Bréfritari: Soffía Daníelsdóttir
Viðtakandi: Jakobína Magnúsdóttir og Daníel Halldórsson
Dagsetning: A-1904-07-25
Skrifað á: Skeggjastöðum  N-Múl.
Soffía var dóttir Jakobínu og Daníels

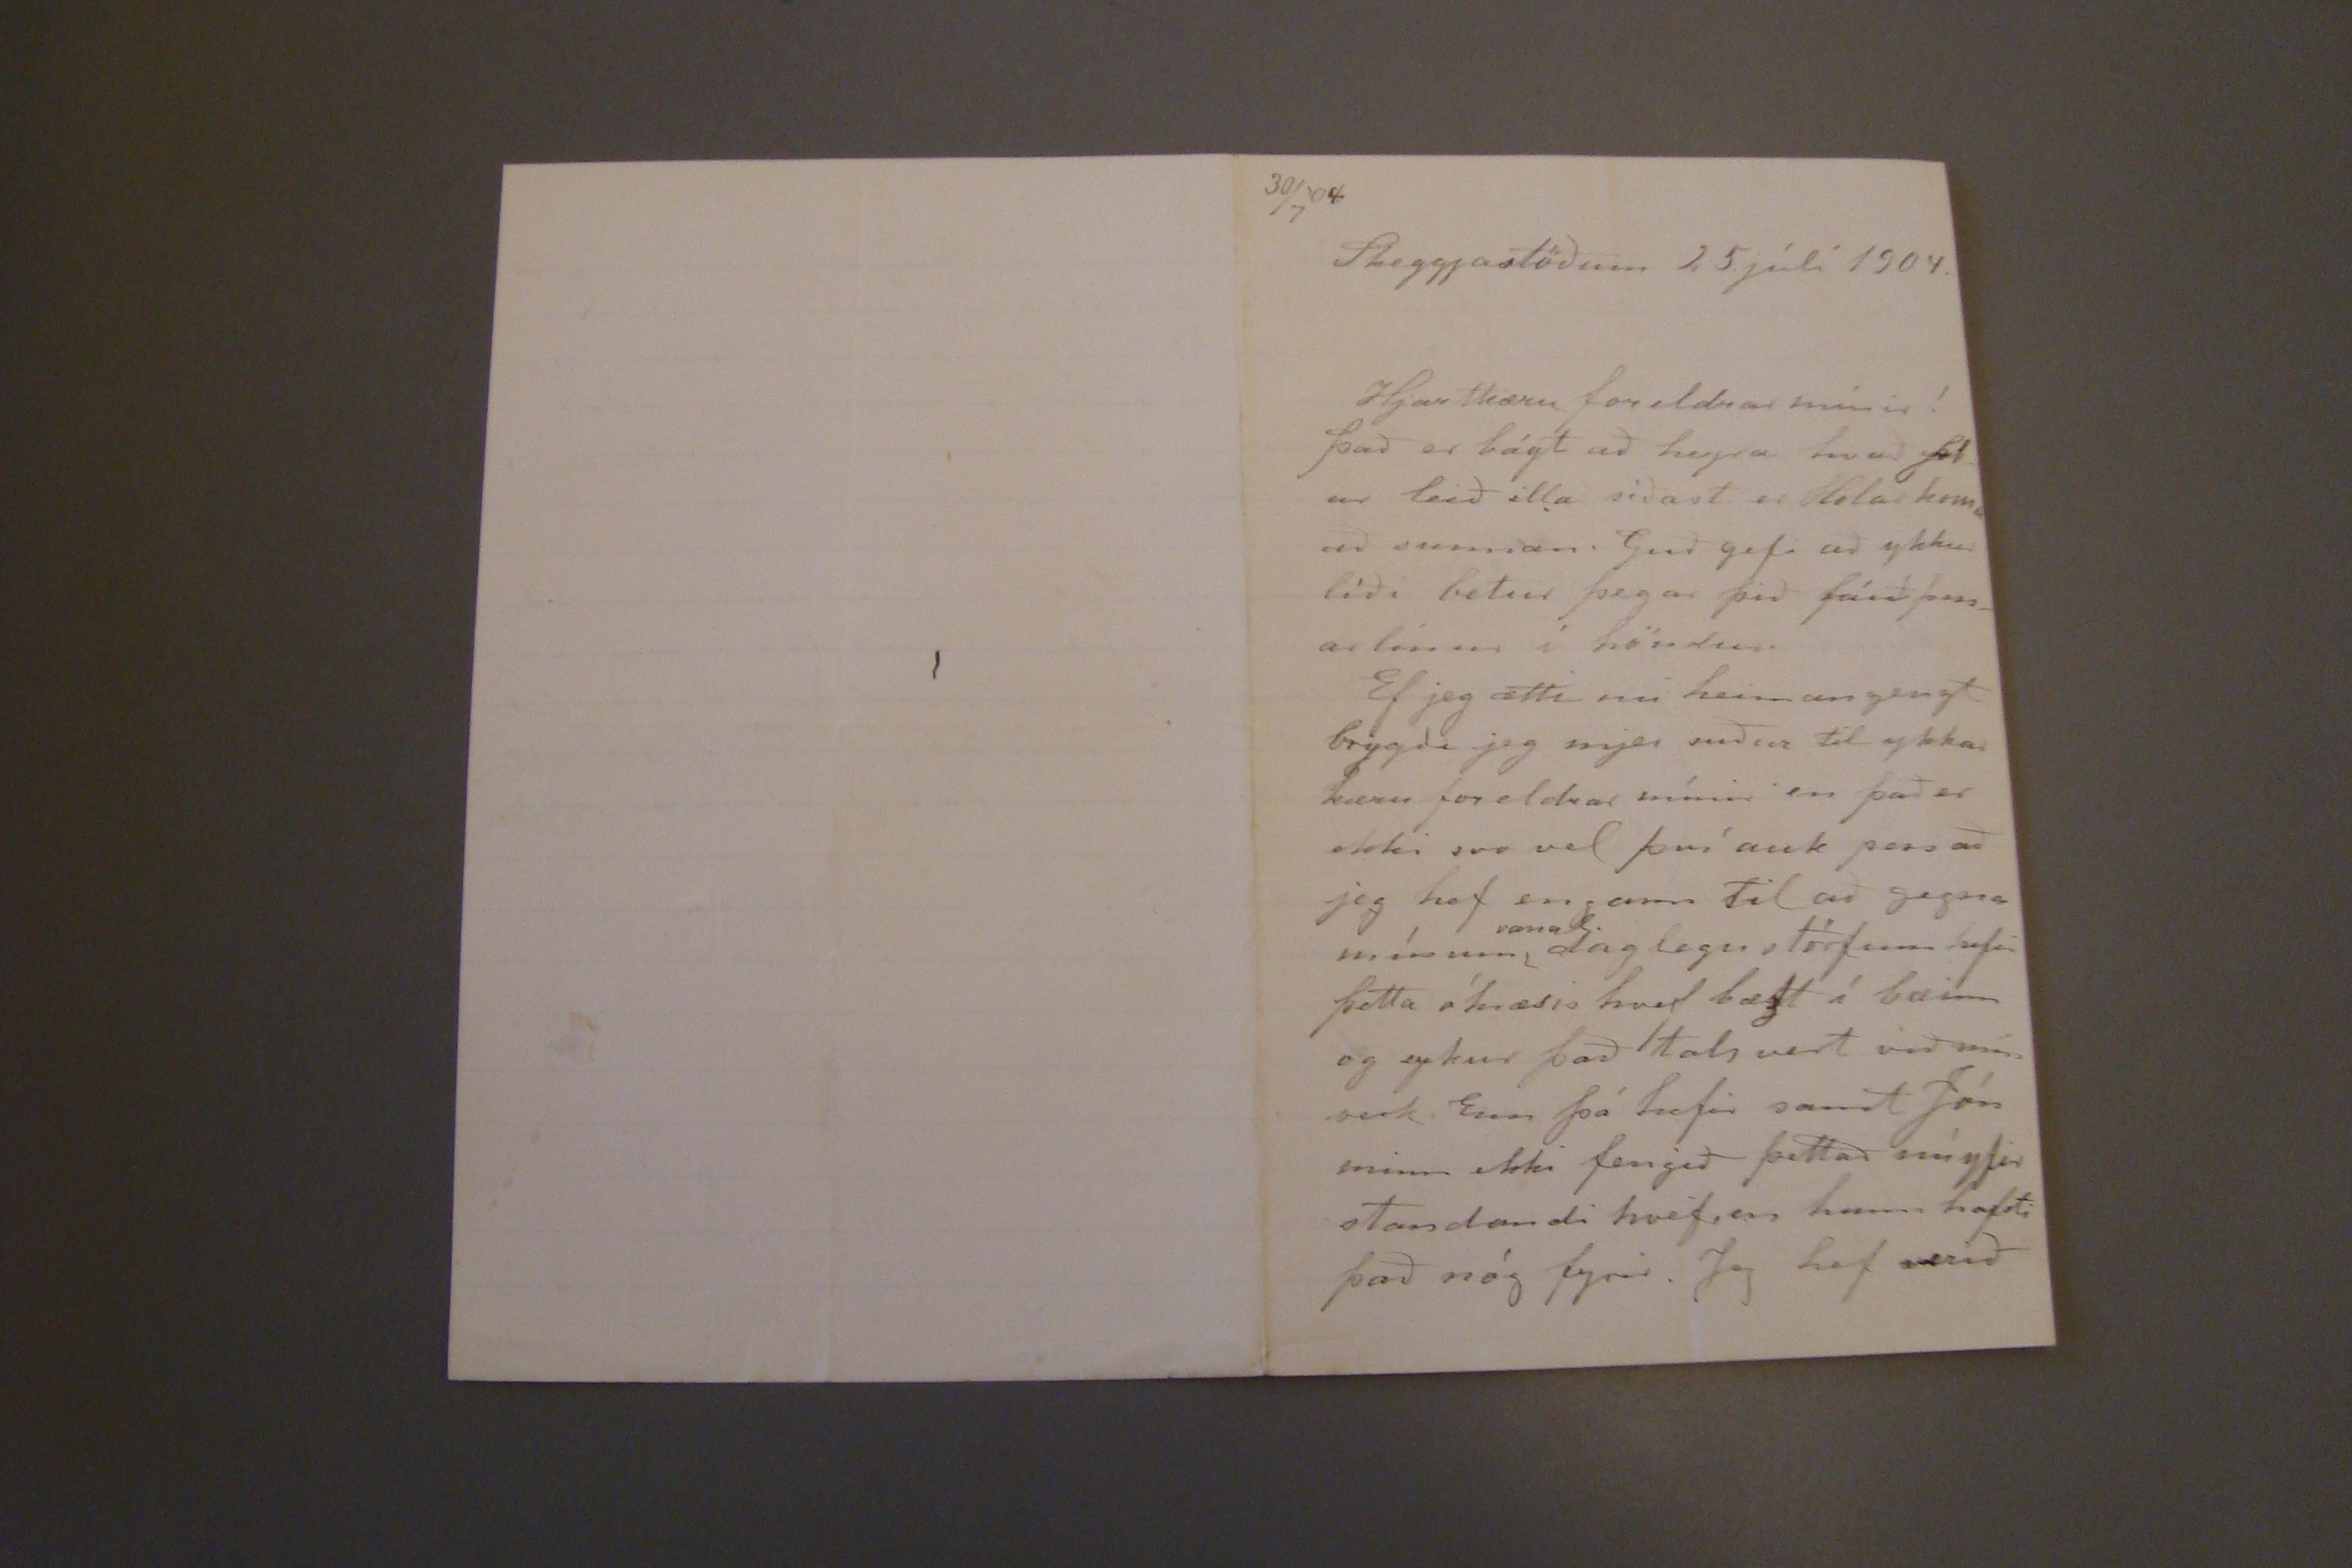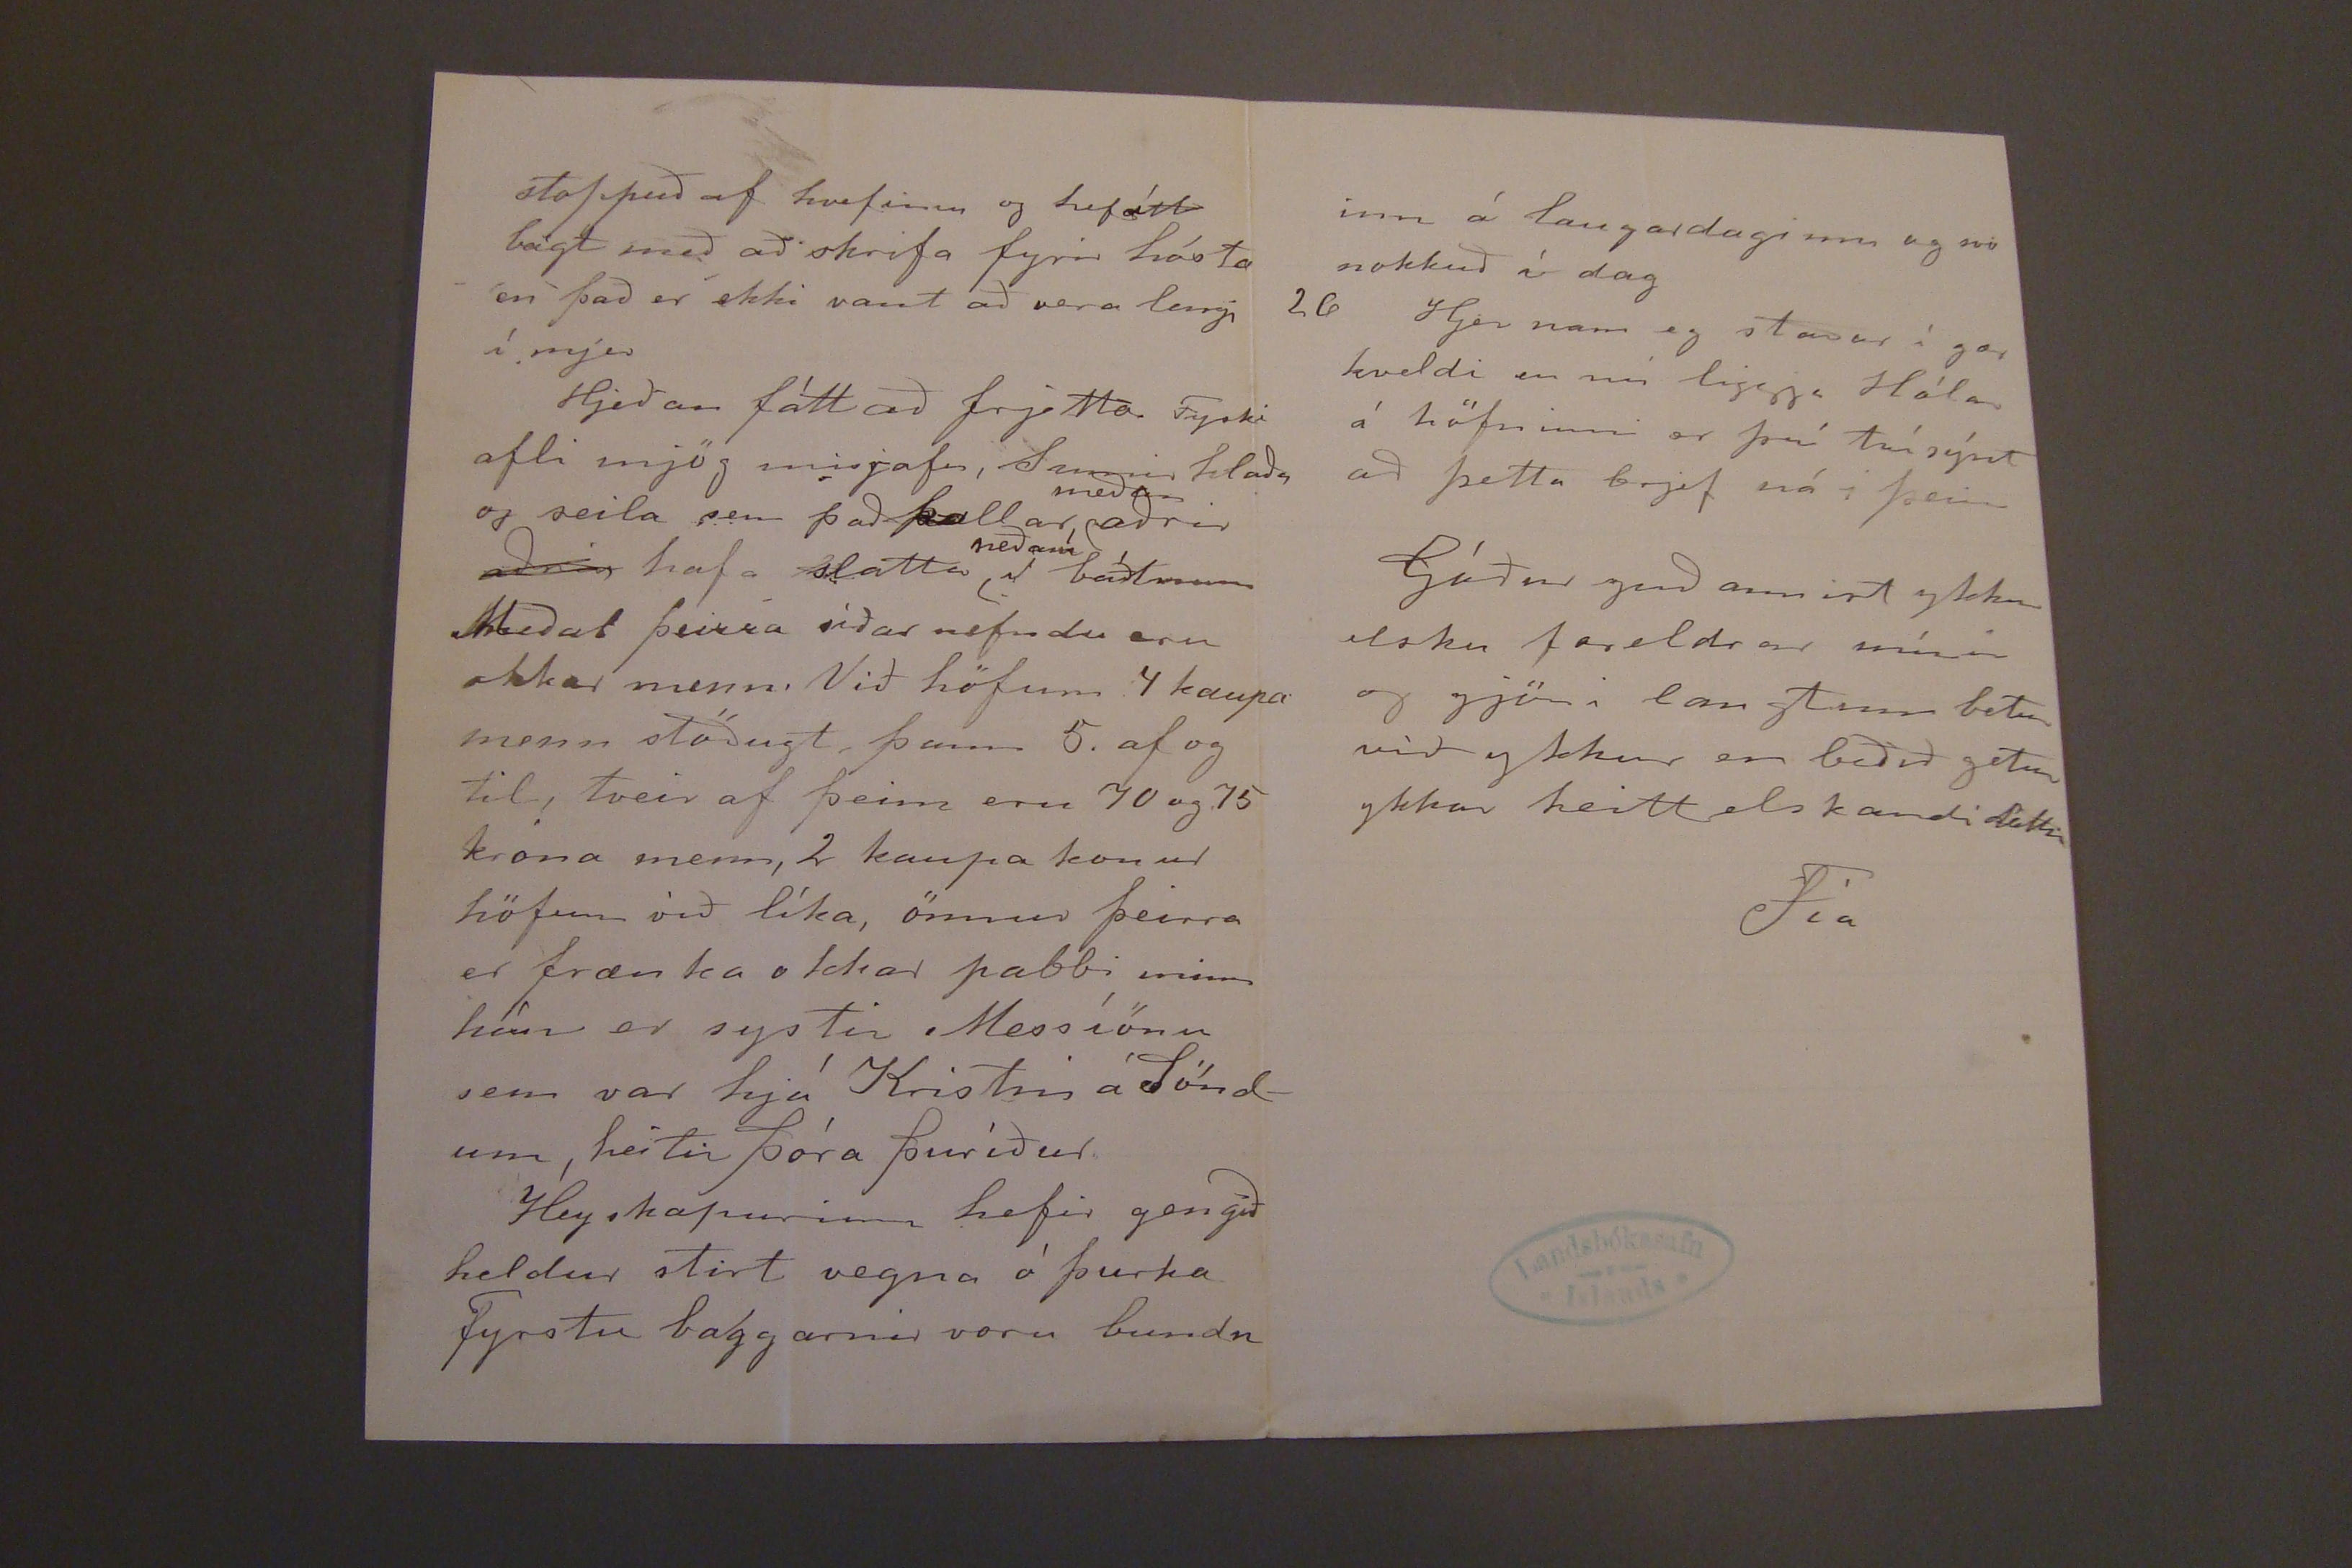

30/7'04.
Skeggjastöðum 25. júlí 1904.
Hjartkæru foreldrar mínir!
það er bágt að heyra hvað ykkur leið illa síðast er Holar komu að sunnan. Guð gefi að ykkur líði betur þegar þið fáið þessar línur í höndur.
Ef jeg ætti nú heiman gengt brygði jeg mjer niður til ykkar kæru foreldrar mínir en það er ekki svo vel því auk þess að jeg hef engann til að gegna mínum
sama
daglegustörfum hefir þetta óhræris hvef bæzt í bæinn og eykur það talsvert við mín verk. Enn þá hefir samt Jón minn ekki fengið þettað nú yfir standandi hvef, en hann hafði það nóg fyrir. Jeg hef verið
stoppuð af hvefinu og hefátt bágt með að skrifa fyrir hósta en það er ekki vant að vera lengi í mjer
Hjeðan fátt að frjetta Fyski afli mjög misjafn, Sumir hlaðaog seila sem það kallar
meðan
aðrir
aðrar
hafa slatta
neðaní
báðlnum
Meðal þeirra síðar nefndu eru okkar menn. Við höfum 4 kaupa menn stöðugt, þann 5. af og til, tveir af þeim eru 70 og 75 krona menn, 2 kaupa konur höfum við líka, önnur þeirra er frænka okkar pabbi minn hún er systir Messíönu sem var hjá Kristni á Söndum, heitir þóra þuríður
Heyskapurinn hefir gengið heldur stirt vegna ó þurka Fyrstu baggarnir voru bundn
inn á laugardaginn og svo nokkuð í dag
26 Hjer nam eg staðar í gær kveldi en nú liggja Hólar á höfninni er því tvísýnt að þetta brjef ná i þeim
Góður guð annist ykkur elsku foredrar mínir og gjöri langtum betur við ykkur en beðið getur ykkar heitt elskandi dóttir
Fía